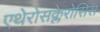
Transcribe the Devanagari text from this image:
एथेरोसक्लेरोसिस